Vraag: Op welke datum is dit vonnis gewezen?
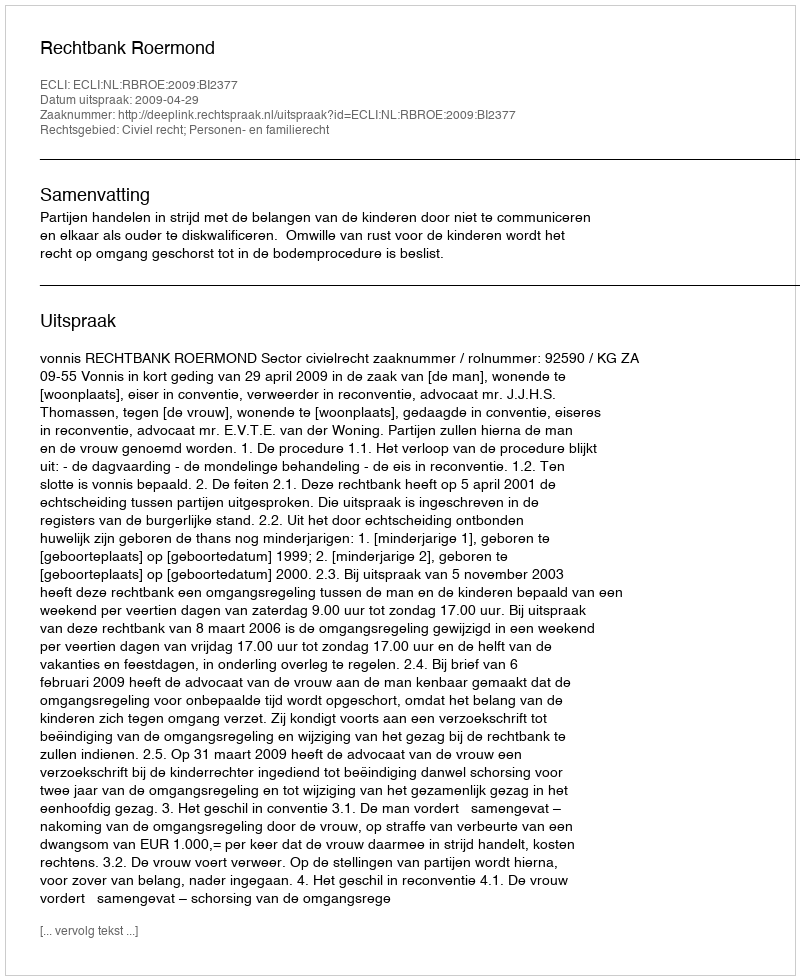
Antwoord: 2009-04-29